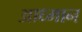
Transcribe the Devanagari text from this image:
आध्मान